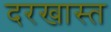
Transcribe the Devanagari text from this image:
दरखास्त